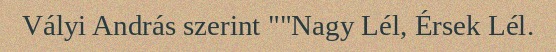
Vályi András szerint ""Nagy Lél, Érsek Lél.